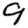
Digit: 9